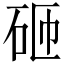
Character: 砸